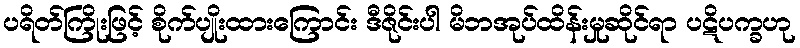
ပရိတ်ကြိုးဖြင့် စိုက်ပျိုးထားကြောင်း ဒီဇိုင်းပါ မိဘအုပ်ထိန်းမှုဆိုင်ရာ ပဋိပက္ခဟု